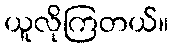
ယူလိုကြတယ်။